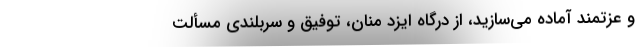
و عزتمند آماده می‌سازید، از درگاه ایزد منان، توفیق و سربلندی مسألت